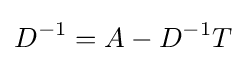
D^{-1}=A-D^{-1}T